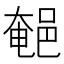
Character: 𨜀